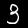
Label: 3